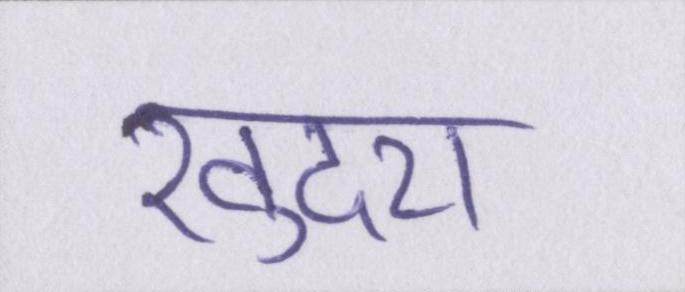
खुदरा